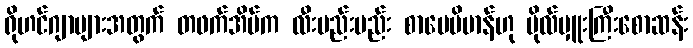
ရိုဟင်ဂျာများအတွက် တဖက်အိမ်က လီးမည်းမည်း စာပေဗိမာန်ဟု ဗိုလ်မှူးကြီးစောဆန်း